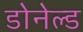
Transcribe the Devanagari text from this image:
डोनेल्ड